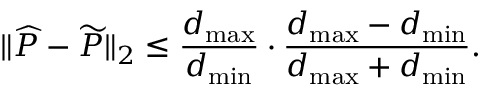
\| \widehat { P } - \widetilde { P } \| _ { 2 } \le \frac { d _ { \operatorname* { m a x } } } { d _ { \operatorname* { m i n } } } \cdot \frac { d _ { \operatorname* { m a x } } - d _ { \operatorname* { m i n } } } { d _ { \operatorname* { m a x } } + d _ { \operatorname* { m i n } } } .